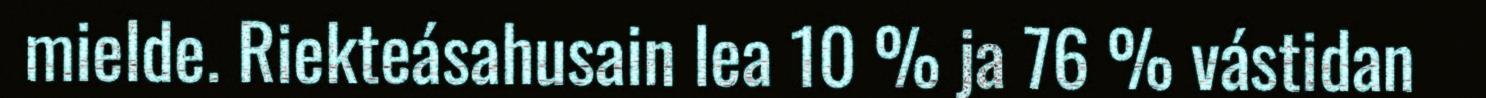
mielde. Riekteásahusain lea 10 % ja 76 % vástidan